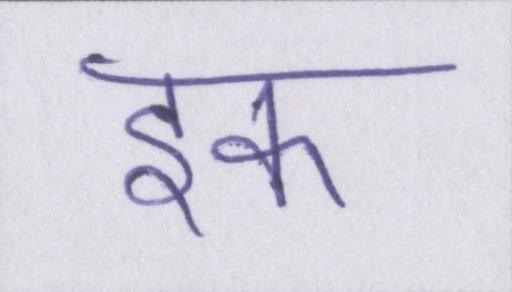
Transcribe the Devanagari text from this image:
इक